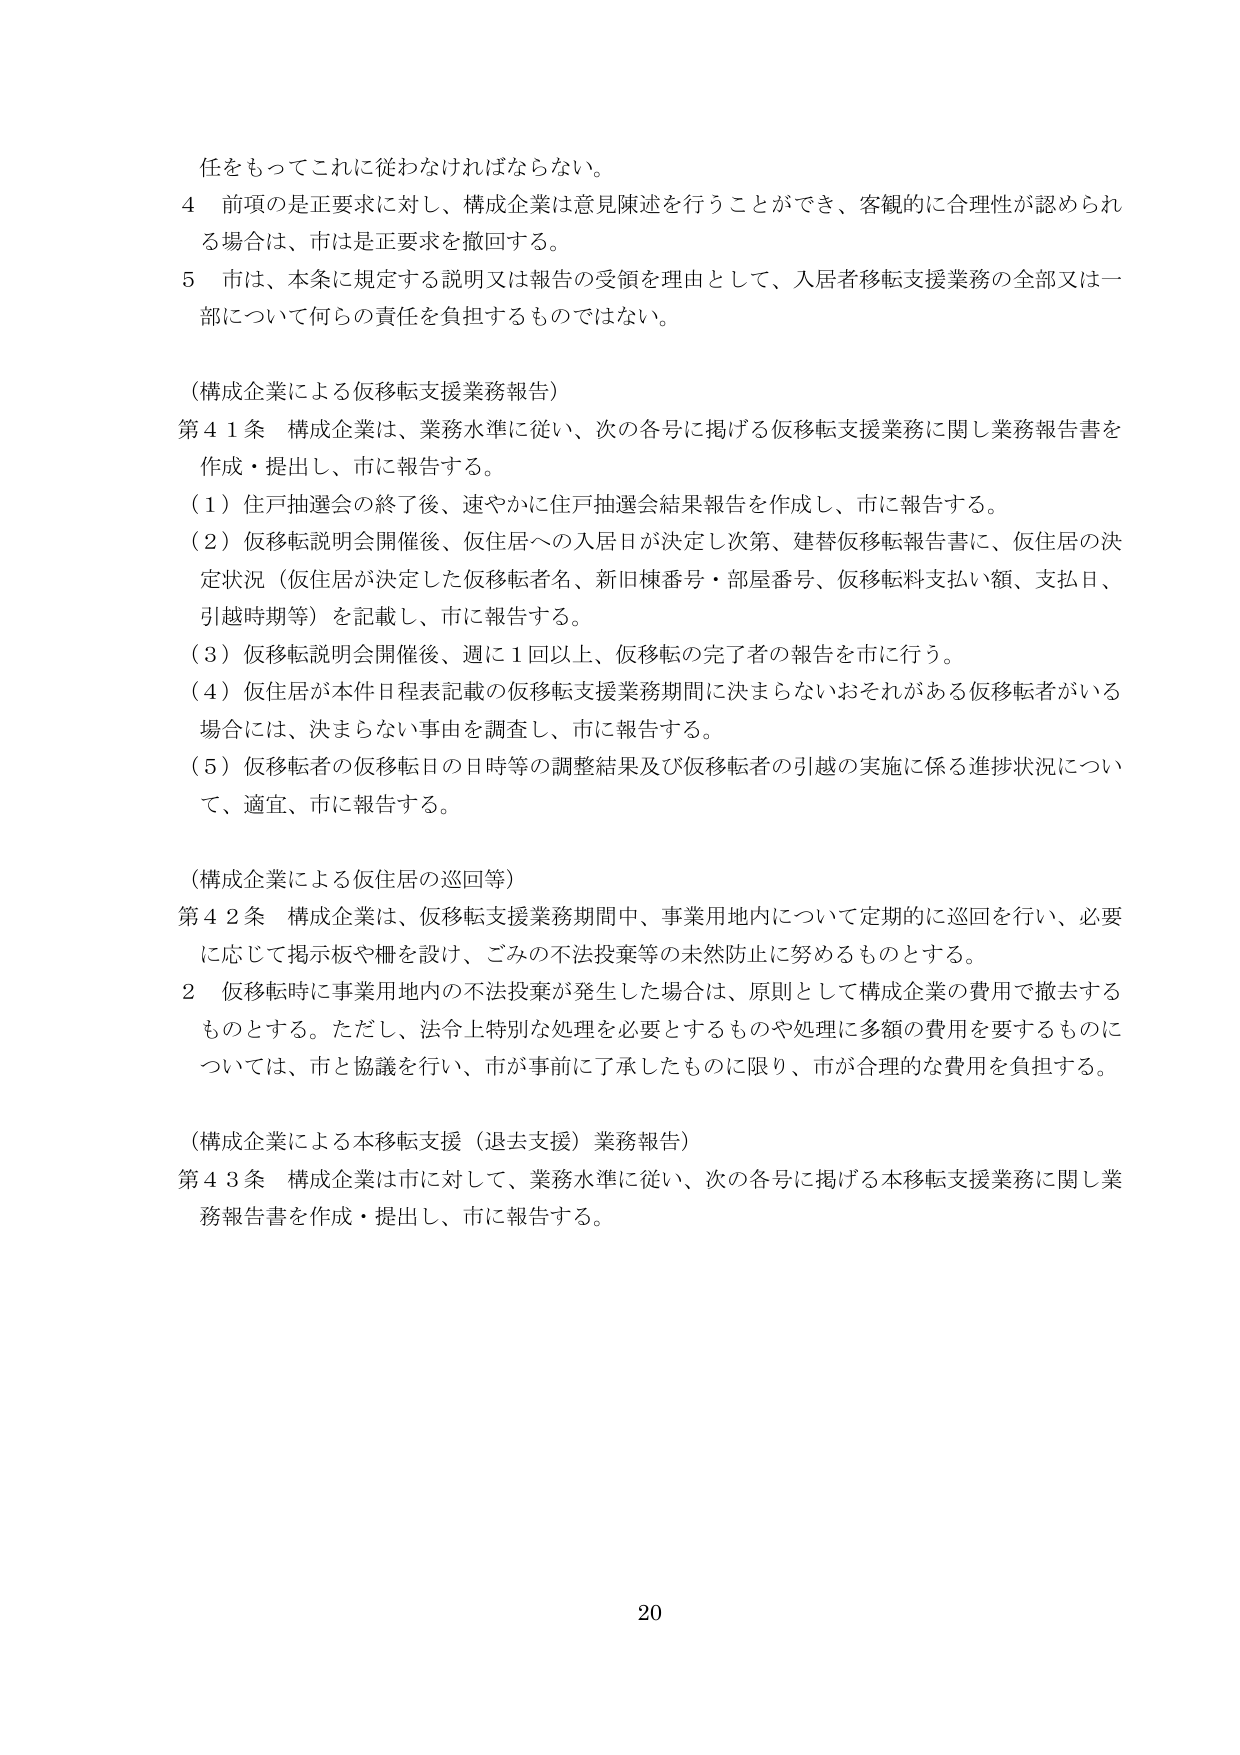
任をもってこれに従わなければならない。

４ 前項の是正要求に対し、構成企業は意見陳述を行うことができ、客観的に合理性が認められる場合は、市は是正要求を撤回する。

５ 市は、本条に規定する説明又は報告の受領を理由として、入居者移転支援業務の全部又は一部について何らの責任を負担するものではない。

（構成企業による仮移転支援業務報告）

第４１条 構成企業は、業務水準に従い、次の各号に掲げる仮移転支援業務に関し業務報告書を作成・提出し、市に報告する。

（１）住戸抽選会の終了後、速やかに住戸抽選会結果報告を作成し、市に報告する。

（２）仮移転説明会開催後、仮住居への入居日が決定し次第、建替仮移転報告書に、仮住居の決定状況（仮住居が決定した仮移転者名、新旧棟番号・部屋番号、仮移転料支払い額、支払日、引越時期等）を記載し、市に報告する。

（３）仮移転説明会開催後、週に１回以上、仮移転の完了者の報告を市に行う。

（４）仮住居が本件日程表記載の仮移転支援業務期間に決まらないおそれがある仮移転者がいる場合には、決まらない事由を調査し、市に報告する。

（５）仮移転者の仮移転日の日時等の調整結果及び仮移転者の引越の実施に係る進捗状況について、適宜、市に報告する。

（構成企業による仮住居の巡回等）

第４２条 構成企業は、仮移転支援業務期間中、事業用地内について定期的に巡回を行い、必要に応じて掲示板や柵を設け、ごみの不法投棄等の未然防止に努めるものとする。

２ 仮移転時に事業用地内の不法投棄が発生した場合は、原則として構成企業の費用で撤去するものとする。ただし、法令上特別な処理を必要とするものや処理に多額の費用を要するものについては、市と協議を行い、市が事前に了承したものに限り、市が合理的な費用を負担する。

（構成企業による本移転支援（退去支援）業務報告）

第４３条 構成企業は市に対して、業務水準に従い、次の各号に掲げる本移転支援業務に関し業務報告書を作成・提出し、市に報告する。

20